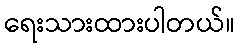
ရေးသားထားပါတယ်။